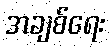
အချစ်ရေး